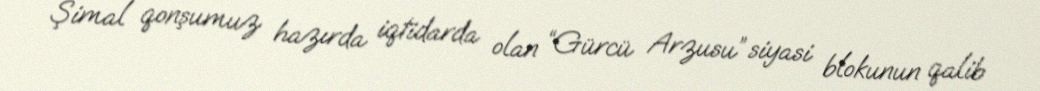
Şimal qonşumuz hazırda iqtidarda olan “Gürcü Arzusu” siyasi blokunun qalib